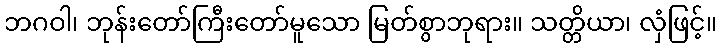
ဘဂဝါ၊ ဘုန်းတော်ကြီးတော်မူသော မြတ်စွာဘုရား။ သတ္တိယာ၊ လှံဖြင့်။